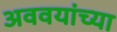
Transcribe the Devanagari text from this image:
अववयांच्या